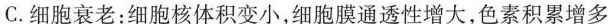
C.细胞衰老：细胞核体积变小，细胞膜通透性增大，色素积累增多